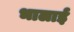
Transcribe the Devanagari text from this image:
भालाई